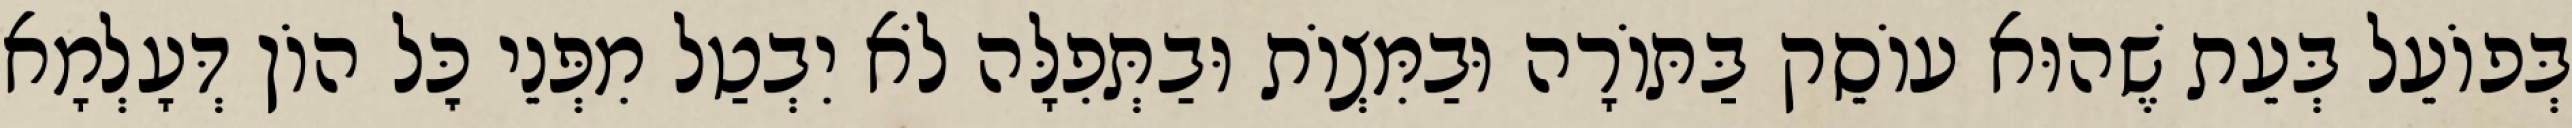
בְּפוֹעֵל בְּעֵת שֶׁהוּא עוֹסֵק בַּתּוֹרָה וּבַמִּצְוֹת וּבַתְּפִלָּה לֹא יִבְטַל מִפְּנֵי כׇּל הוֹן דְּעָלְמָא